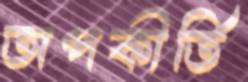
অপকীর্তি